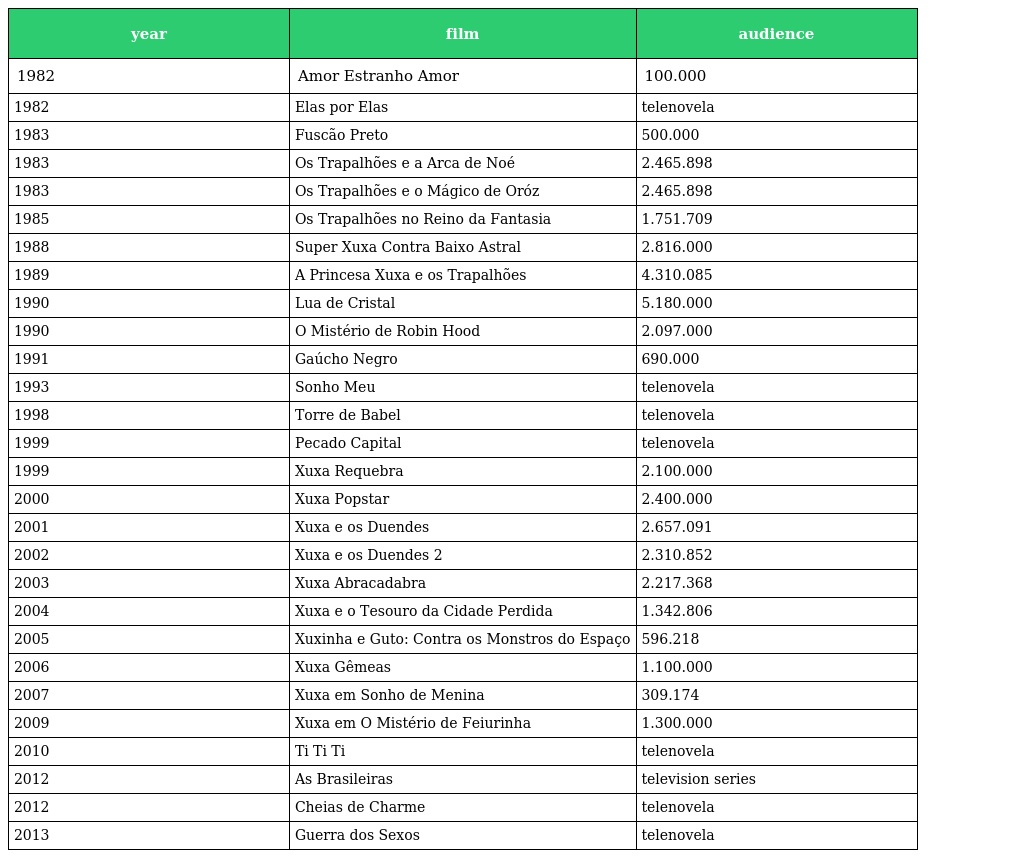
| year | film | audience |
 | --- | --- | --- |
 | 1982 | Amor Estranho Amor | 100.000 |
 | 1982 | Elas por Elas | telenovela |
 | 1983 | Fuscão Preto | 500.000 |
 | 1983 | Os Trapalhões e a Arca de Noé | 2.465.898 |
 | 1983 | Os Trapalhões e o Mágico de Oróz | 2.465.898 |
 | 1985 | Os Trapalhões no Reino da Fantasia | 1.751.709 |
 | 1988 | Super Xuxa Contra Baixo Astral | 2.816.000 |
 | 1989 | A Princesa Xuxa e os Trapalhões | 4.310.085 |
 | 1990 | Lua de Cristal | 5.180.000 |
 | 1990 | O Mistério de Robin Hood | 2.097.000 |
 | 1991 | Gaúcho Negro | 690.000 |
 | 1993 | Sonho Meu | telenovela |
 | 1998 | Torre de Babel | telenovela |
 | 1999 | Pecado Capital | telenovela |
 | 1999 | Xuxa Requebra | 2.100.000 |
 | 2000 | Xuxa Popstar | 2.400.000 |
 | 2001 | Xuxa e os Duendes | 2.657.091 |
 | 2002 | Xuxa e os Duendes 2 | 2.310.852 |
 | 2003 | Xuxa Abracadabra | 2.217.368 |
 | 2004 | Xuxa e o Tesouro da Cidade Perdida | 1.342.806 |
 | 2005 | Xuxinha e Guto: Contra os Monstros do Espaço | 596.218 |
 | 2006 | Xuxa Gêmeas | 1.100.000 |
 | 2007 | Xuxa em Sonho de Menina | 309.174 |
 | 2009 | Xuxa em O Mistério de Feiurinha | 1.300.000 |
 | 2010 | Ti Ti Ti | telenovela |
 | 2012 | As Brasileiras | television series |
 | 2012 | Cheias de Charme | telenovela |
 | 2013 | Guerra dos Sexos | telenovela |